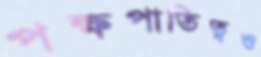
পক্ষপাতিত্বও